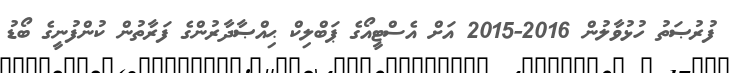
ފުރުޞަތު ހުޅުވާލުން 2016-2015 އަށް އެސްޓީއޯގެ ޕަބްލިކް ޙިއްޞާދާރުންގެ ފަރާތުން ކުންފުނީގެ ބޯޑު